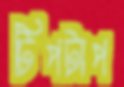
টিপটাপ